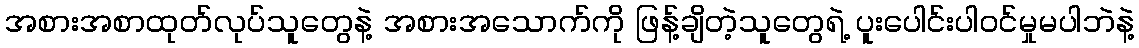
အစားအစာထုတ်လုပ်သူတွေနဲ့ အစားအသောက်ကို ဖြန့်ချိတဲ့သူတွေရဲ့ ပူးပေါင်းပါဝင်မှုမပါဘဲနဲ့